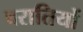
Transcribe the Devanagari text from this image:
बरातियों